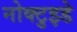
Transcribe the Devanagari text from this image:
नोक्टुइडे